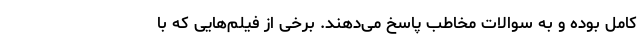
کامل بوده و به سوالات مخاطب پاسخ می‌دهند. برخی از فیلم‌هایی که با